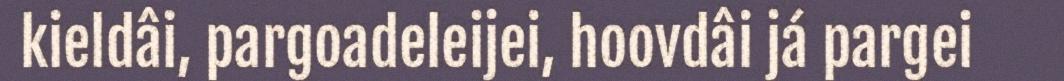
kieldâi, pargoadeleijei, hoovdâi já pargei